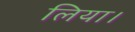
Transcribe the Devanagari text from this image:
लिया।